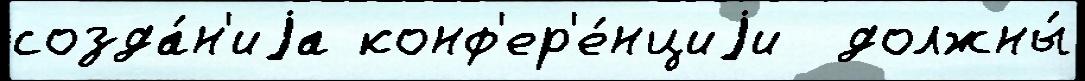
созда́н'иjа конф'ер'е́нциjи  должны́